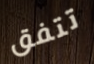
تتفق